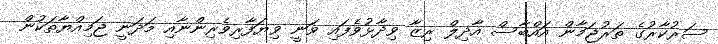
ސަރުކާރުގެ ތަރުޖަމާން އައްބާސް އާދިލް ރިޒާ ވިދާޅުވެފައި ވަނީ ވިޔަފާރިވެރިންނާއި މަދަނީ ޖަމިއްޔާތަކުން